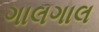
ગાલગાલ